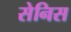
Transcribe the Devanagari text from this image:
सेनिस